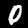
Label: 0